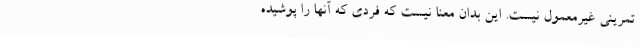
تمرینی غیرمعمول نیست. این بدان معنا نیست که فردی که آنها را پوشیده